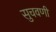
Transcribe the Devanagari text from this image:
सुचवणी